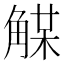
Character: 𧤈